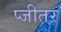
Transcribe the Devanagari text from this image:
प्जीतर